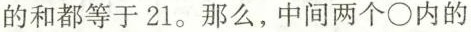
的和都等于21。那么，中间两个\circ内的